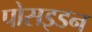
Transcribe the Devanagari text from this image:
पोसइडन